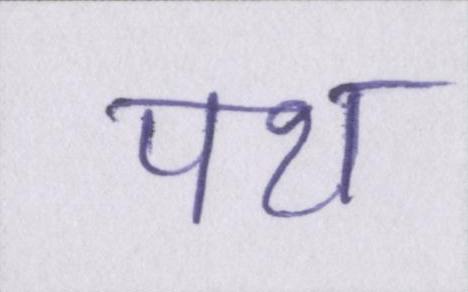
पथ